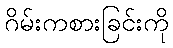
ဂိမ်းကစားခြင်းကို